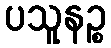
ပသူနဉ္စ